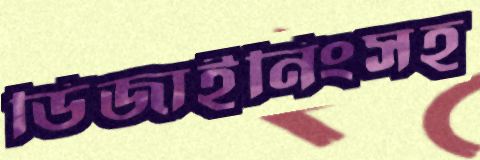
ডিজাইনিংসহ